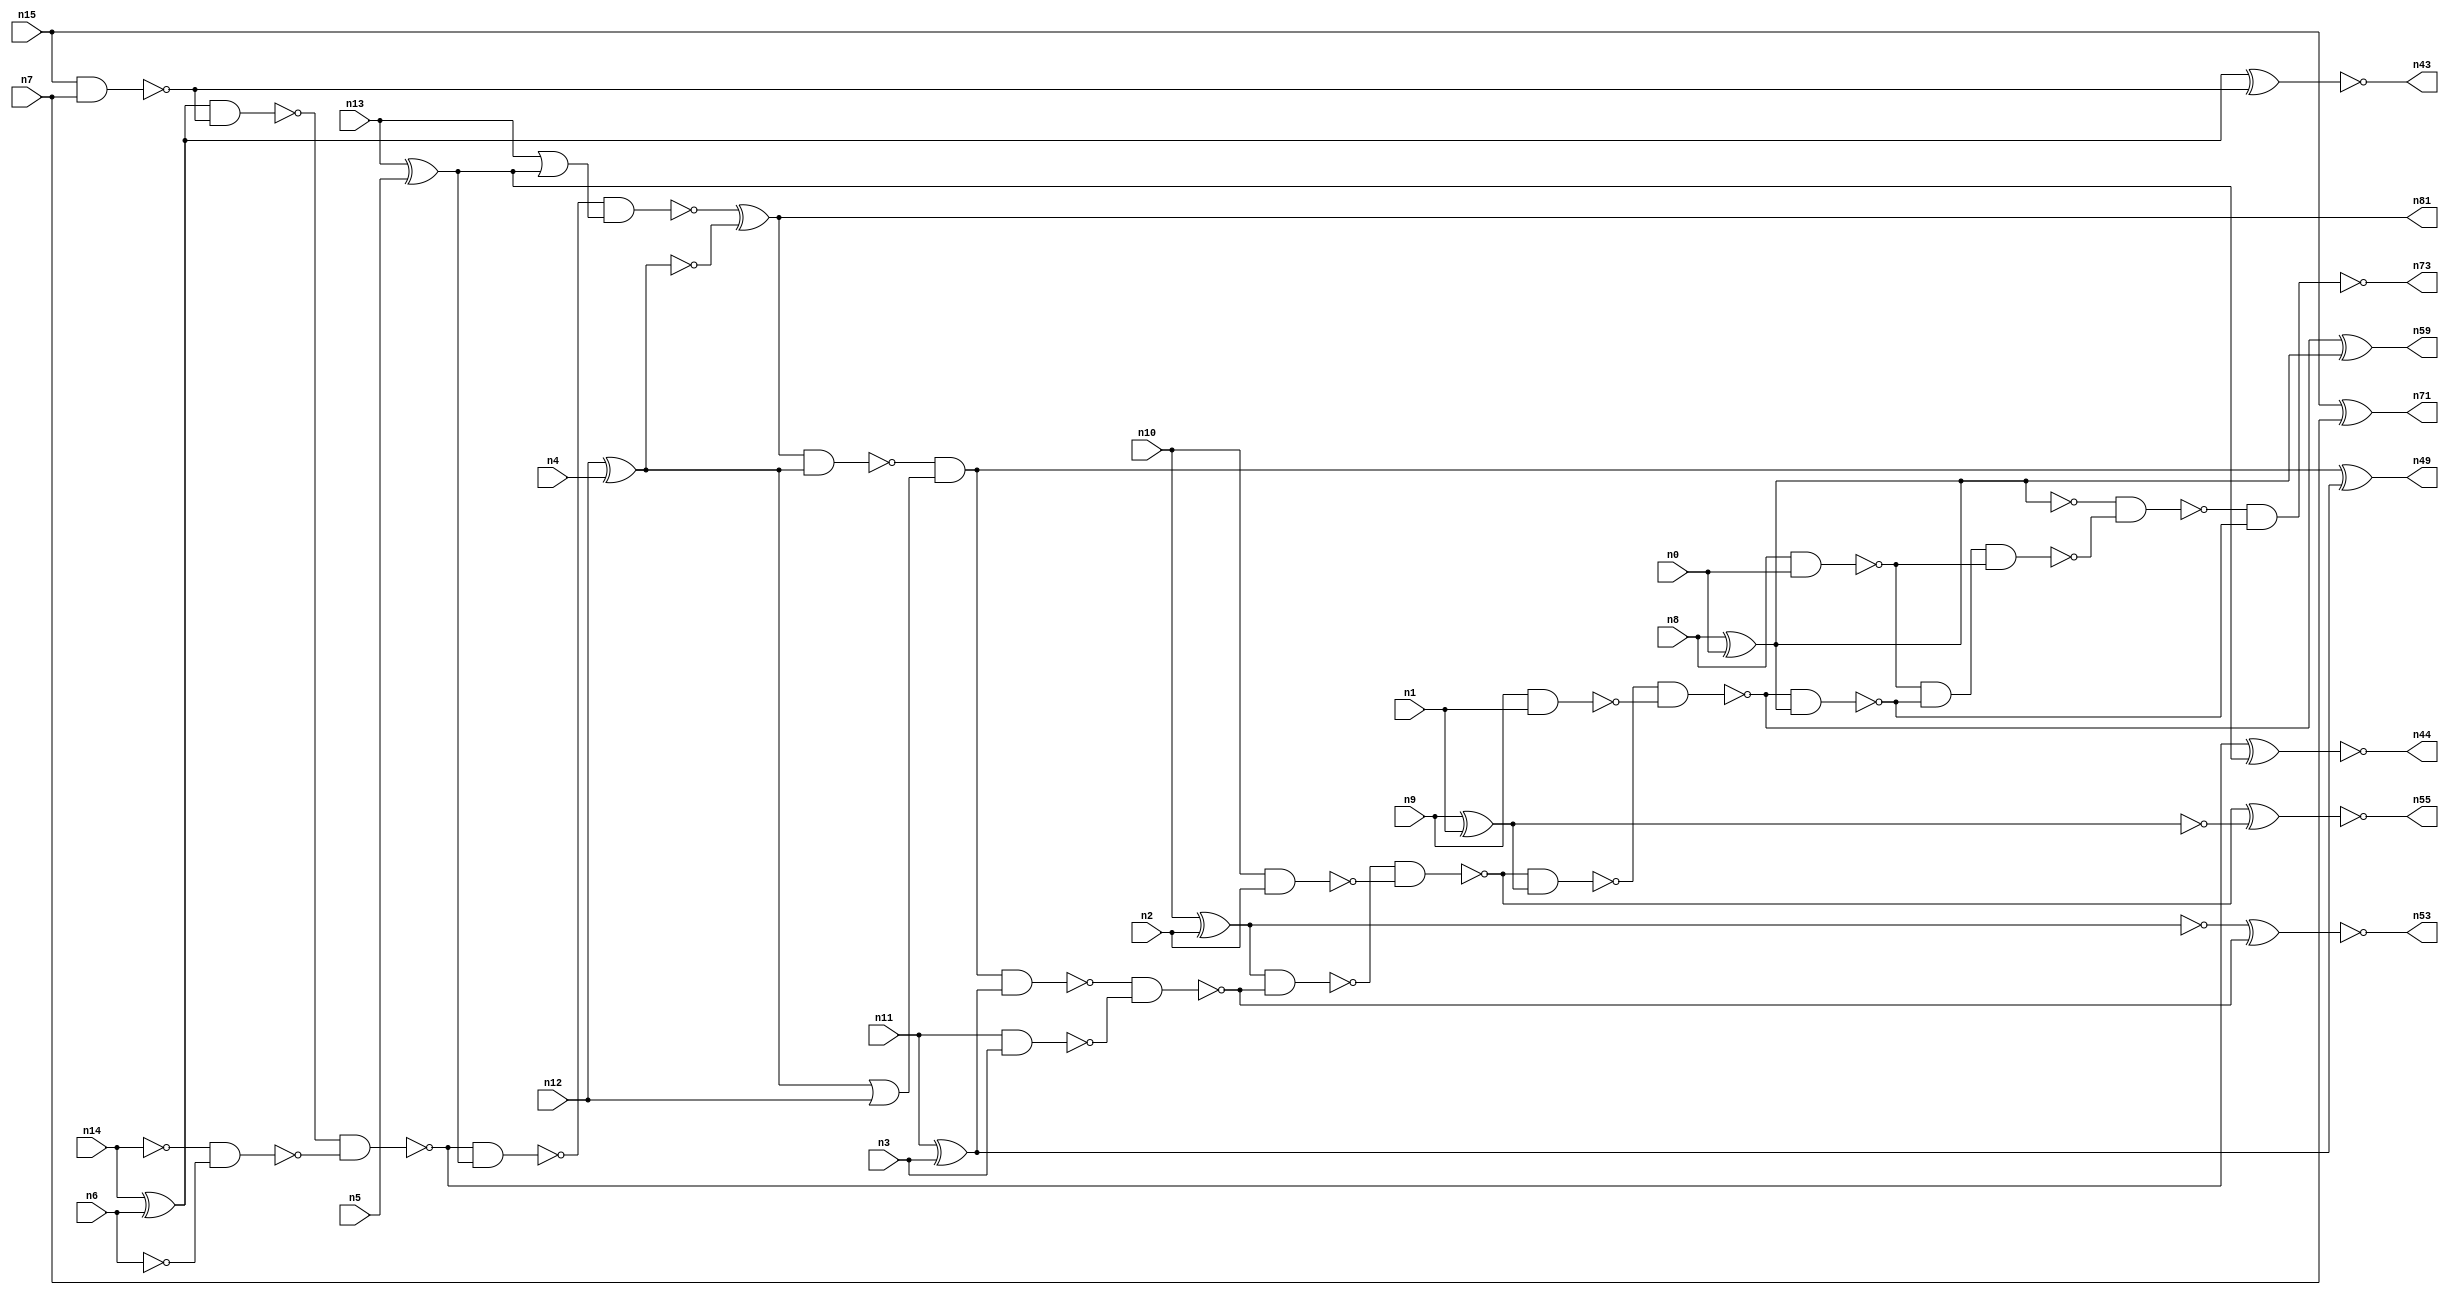
// This program was cloned from: https://github.com/umar-afzaal/ReCkt
// License: MIT License

// This file contains a pareto-optimal circuit with respect to power and the fault-resilince parameter p_fault which is defined as:
// "For all input vectors, the ratio of the no. of faults observable at the POs to the no. of total possible faults in the circuit".
// This code is part of the ReCkt library (https://github.com/umar-afzaal/ReCkt) distributed under The MIT License.
// When used, please cite the following article(s):
// U. Afzaal, A.S. Hassan, M. Usman and J.A. Lee, "On the Evolutionary Synthesis of Increased Fault-resilience Arithmetic Circuits".

// p_fault = 86.4 %    (Lower is better)
// gates = 52.0
// levels = 19
// area = 67.27    (For MCNC library relative to nand2)
// power = 286.8 uW    (Berkely-SIS for MCNC library @ Vdd=5V and 20 MHz clock)
// delay = 22.6 ns    (Berkely-ABC for MCNC library)
// PDP = 6.48168e-12 J

// Pin mapping:
// {n0, n1, n2, n3, n4, n5, n6, n7} = A[7:0]
// {n8, n9, n10, n11, n12, n13, n14, n15} = B[7:0]
// {n73, n59, n55, n53, n49, n81, n44, n43, n71} = O[8:0]

module addr8u_power_8 (
n0, n1, n2, n3, n4, n5, n6, n7, n8, n9, n10, n11, n12, n13, n14, n15, 
n73, n59, n55, n53, n49, n81, n44, n43, n71
);

input n0, n1, n2, n3, n4, n5, n6, n7, n8, n9, n10, n11, n12, n13, n14, n15;
output n73, n59, n55, n53, n49, n81, n44, n43, n71;
wire n30, n24, n52, n61, n46, n18, n60, n17, n42, n51, n45, n36, n47, n20, n37, n56, n23, n16, n40, n48, 
n21, n25, n41, n54, n67, n27, n33, n28, n58, n22, n38, n39, n57, n31, n70, n19, n34, n32, n26, n50, 
n29, n64, n35;

xor (n16, n14, n6);
nand (n17, n10, n2);
nand (n18, n15, n7);
xor (n19, n13, n5);
nand (n20, n9, n1);
xor (n21, n8, n0);
nand (n22, n14, n14);
xor (n23, n11, n3);
xnor (n24, n15, n7);
xor (n25, n10, n2);
or (n26, n13, n19);
xor (n27, n12, n4);
nand (n28, n8, n0);
nand (n29, n11, n3);
nand (n30, n6, n6);
xnor (n31, n9, n1);
or (n32, n27, n12);
nand (n33, n27, n27);
nand (n34, n16, n18);
and (n35, n19, n19);
nand (n36, n22, n30);
nand (n37, n25, n25);
nand (n38, n31, n31);
nand (n39, n38, n38);
and (n40, n16, n16);
nand (n41, n34, n36);
nand (n42, n41, n19);
xnor (n43, n40, n18);
xnor (n44, n41, n35);
nand (n45, n42, n26);
xor (n46, n45, n33);
nand (n47, n46, n27);
and (n48, n47, n32);
xor (n49, n48, n23);
nand (n50, n48, n23);
nand (n51, n50, n29);
nand (n52, n25, n51);
xnor (n53, n37, n51);
nand (n54, n52, n17);
xnor (n55, n54, n39);
nand (n56, n54, n38);
nand (n57, n56, n20);
nand (n58, n57, n21);
xor (n59, n57, n21);
and (n60, n28, n58);
and (n61, n46, n46);
nand (n64, n60, n28);
not (n67, n21);
nand (n70, n67, n64);
nand (n71, n24, n24);
nand (n73, n70, n58);
and (n81, n46, n61);

endmodule